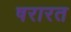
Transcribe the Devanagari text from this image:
षरारत